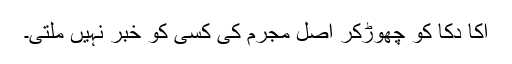
اکا دکا کو چھوڑکر اصل مجرم کی کسی کو خبر نہیں ملتی۔